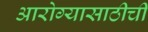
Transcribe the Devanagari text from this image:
आरोग्यासाठीची